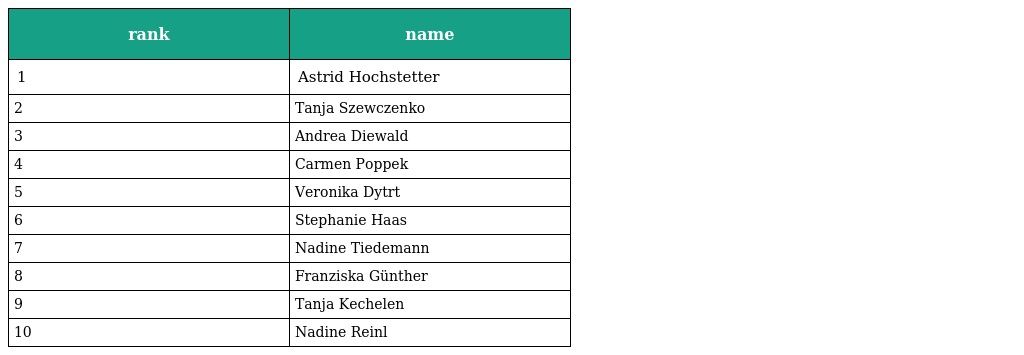
| rank | name |
 | --- | --- |
 | 1 | Astrid Hochstetter |
 | 2 | Tanja Szewczenko |
 | 3 | Andrea Diewald |
 | 4 | Carmen Poppek |
 | 5 | Veronika Dytrt |
 | 6 | Stephanie Haas |
 | 7 | Nadine Tiedemann |
 | 8 | Franziska Günther |
 | 9 | Tanja Kechelen |
 | 10 | Nadine Reinl |